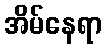
အိမ်နေရာ